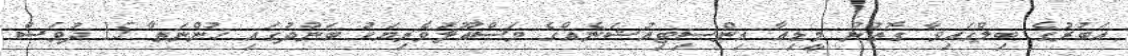
އަބުރުގެ ބިލްގައިވާ ގޮތުން މީޑިއާ އިންސިޓިއުޝަނެއްގެ މަސްއޫލުވެރިޔަކު ބަންދުގައި ހުންނަތާ 15 ދުވަސް